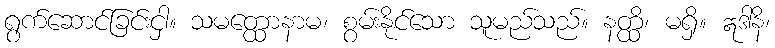
ရွက်ဆောင်ခြင်းငှါ။ သမတ္ထောနာမ၊ စွမ်းနိုင်သော သူမည်သည်။ နတ္ထိ၊ မရှိ။ ဣဒါနိ၊